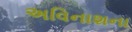
અવિનાશના